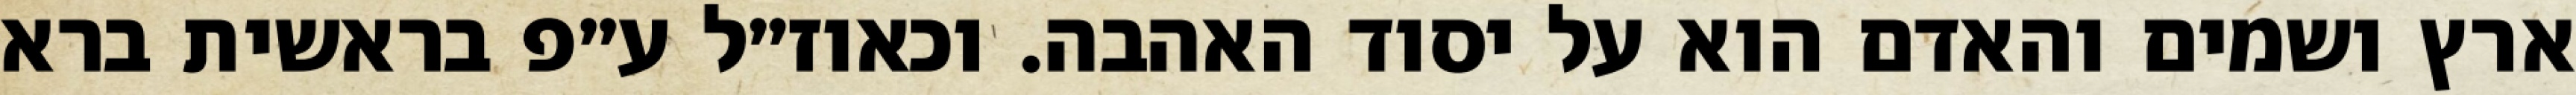
ארץ ושמים והאדם הוא על יסוד האהבה. וכאוז״ל ע״פ בראשית ברא